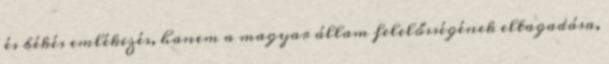
és békés emlékezés, hanem a magyar állam felelősségének eltagadása,